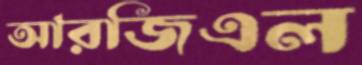
আরজিএল